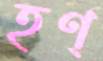
হণ্